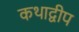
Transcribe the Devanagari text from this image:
कथाद्वीप